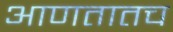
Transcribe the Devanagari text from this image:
आणतातच